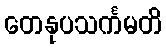
တေနုပသင်္ကမတိ